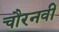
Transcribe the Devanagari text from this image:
चौरनवीं